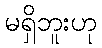
မရှိဘူးဟု